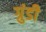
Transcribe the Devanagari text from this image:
ग्रुंडी